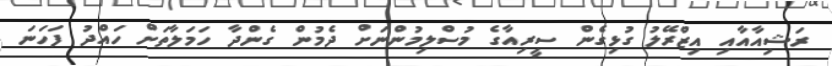
ރަޝިއާއާއި އިޒްރޭލު ގުޅިގެން ސީރިއާގެ މުސްލިމުންނަށް ދެމުން ގެންދާ ހަމަލާތަށް ހައްދު ފަހަނަ